Language: tamil
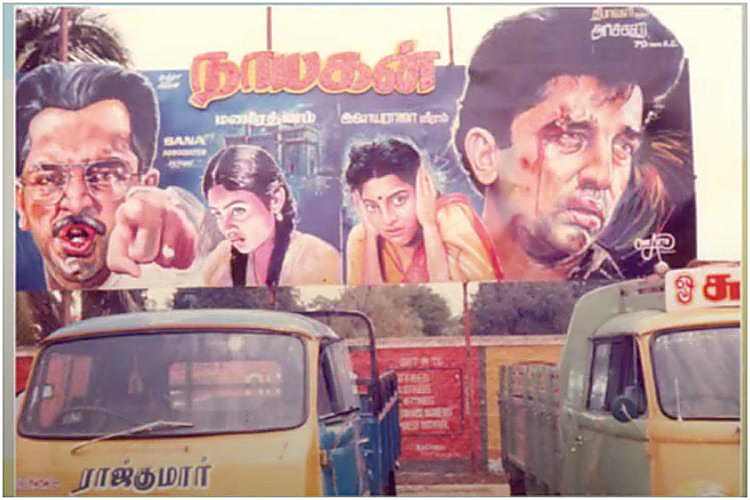
Transcription: நாயகன் ராஜ்குமாா்